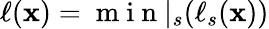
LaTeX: \ell({\mathbf{x}})=\mathrm{~m~i~n~}|_{s}(\ell_{s}({\mathbf{x}}))